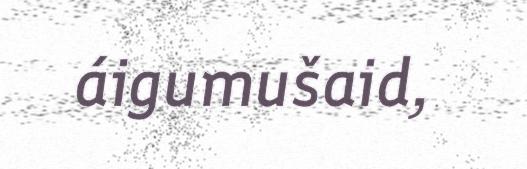
áigumušaid,